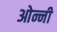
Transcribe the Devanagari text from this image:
ओन्नी